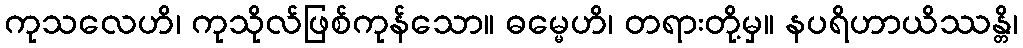
ကုသလေဟိ၊ ကုသိုလ်ဖြစ်ကုန်သော။ ဓမ္မေဟိ၊ တရားတို့မှ။ နပရိဟာယိဿန္တိ၊